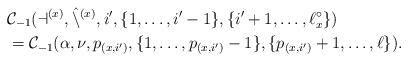
LaTeX: \begin{align*}& \mathcal{C}_{-1}(\mathcal{a}^{(x)}, \hat{\mathcal{n}}^{(x)}, i', \lbrace 1, \ldots, i'-1 \rbrace, \lbrace i'+1, \ldots, \ell^{\circ}_x \rbrace) \\ & = \mathcal{C}_{-1}(\alpha, \nu, p_{(x,i')}, \lbrace 1, \ldots, p_{(x,i')} -1 \rbrace, \lbrace p_{(x,i')} + 1, \ldots, \ell \rbrace).\end{align*}